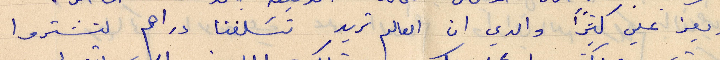
ويعز عليّ كثيرًا والدي ان العالم تريد تسلفنا دراهم لتشتروا